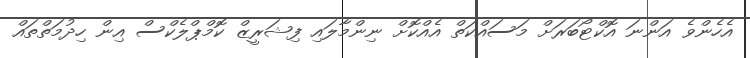
އެހެންވެ އަންނަ އޮކްޓޯބަރަށް މަސައްކަތް އެއްކޮށް ނިންމާލައި ފިޝަރީޒް ކޮމްޕްލެކްސް އިން ހިދުމަތްތައް